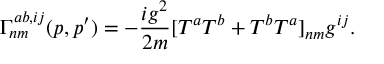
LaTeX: \Gamma _ { n m } ^ { a b , i j } ( p , p ^ { \prime } ) = - \frac { i g ^ { 2 } } { 2 m } [ T ^ { a } T ^ { b } + T ^ { b } T ^ { a } ] _ { n m } g ^ { i j } .